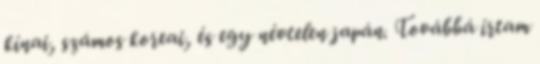
kínai, számos koreai, és egy névtelen japán. Továbbá írtam